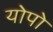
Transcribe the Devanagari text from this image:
योपो